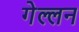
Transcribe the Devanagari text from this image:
गेल्लन